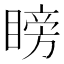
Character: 𥉣